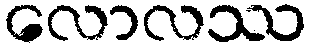
လောလဿ